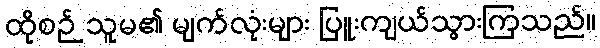
ထိုစဉ် သူမ၏ မျက်လုံးများ ပြူးကျယ်သွားကြသည်။